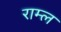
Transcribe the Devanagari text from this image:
राम्ल